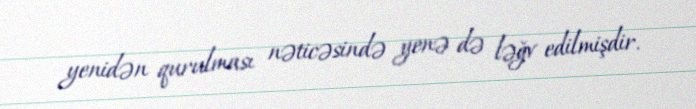
yenidən qurulması nəticəsində yenə də ləğv edilmişdir.